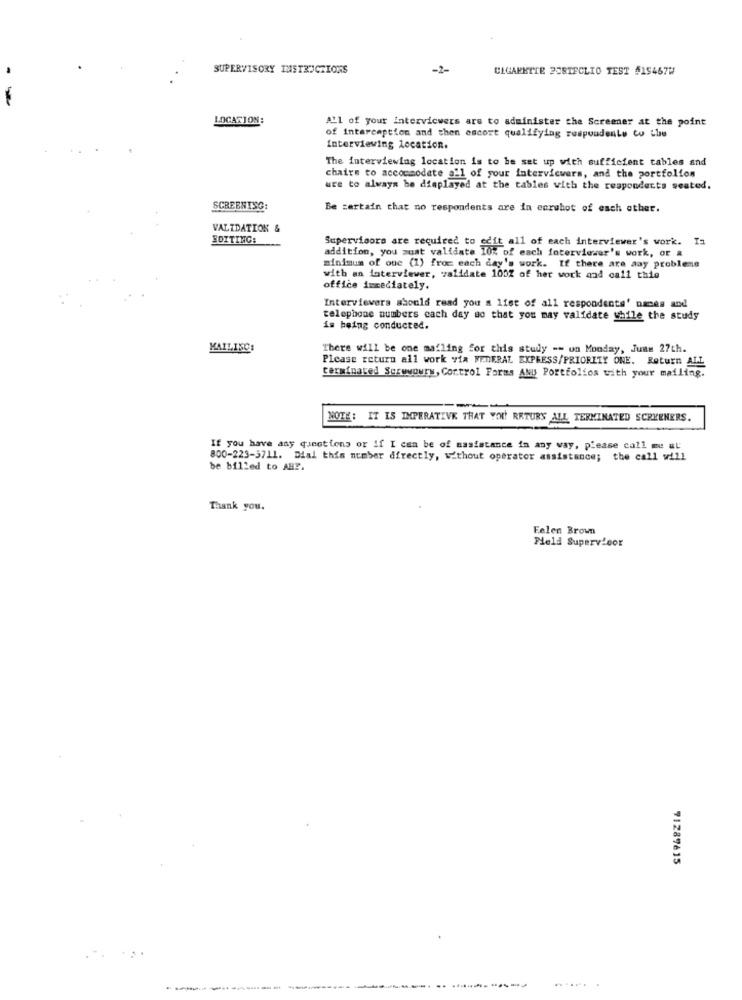
SUPERVISORY INSTRUCTIONS
-2-
CIGARETTE POSTECLIO TEST #15467W
LOCATION:
All of your interviewers are to administer the Screener at the point
of interception and then escort qualifying respondenty Co Lhe
Interviewing location.
The interviewing location is to be set up with sufficient tables and
chairs to accommodate all of your interviewers, and the portfolios
ure to always be displayed at the tables with the respondects seated.
SCREENING:
Be certain that no respondents are in coruhot of each other.
VALIDATION &
EDITING:
Supervisors are required to edit all of each interviewer's work. In
addition, you must validate 10% of each interviewer's work, or &
minimum of one (1) from each day's work. If there are aay probleme
with an interviewer, validate 100% of her work and call thie
office immediately.
Interviewers should read you a list of all respondents' names and
telephone numbers cach day so that you may validate while the study
is being conducted.
MAILINC:
There will be one mailing for this study -- un Monday, June 27th.
Please return all work via FEDERAL EXPRESS/PRIORITY ONE. Return ALL
terminated Scrwwowrw, Control Forms ANU Portfolios with your mailing.
NOTE: IT IS IMPERATIVE THAT YOU RETURS ALL TERMINATED SCREENERS.
If you have any questions or if I can be of assistance in any way, please call me at
800-223-3711. Dial this number directly, without operator assistance; the call will
be billed to AHP.
Thank you.
Eelen Brown
Field Supervisor
71289615
--